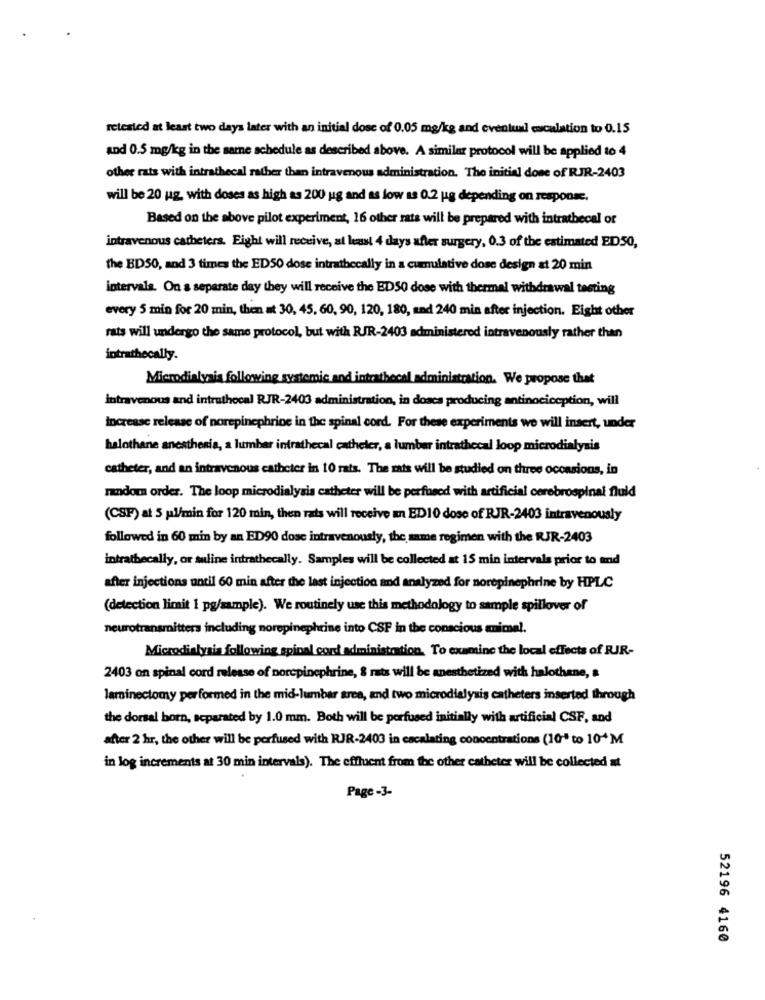
retested at least two days later with an initial dose of 0.05 mg/kg and eventual escalation to 0.15
and 0.5 mg/kg in the same schedule as described above. A similar protocol will be applied to 4
other rats with intrathecal rather than intravenous administration. The initial done of RJR-2403
will be 20 ug, with doses as high as 200 ug and as low as 0.2 ug depending on response.
Based on the above pilot experiment, 16 other rats will be prepared with intrathecal or
intravenous catheters. Eight will receive, at least 4 days after surgery, 0.3 of the estimated EDSO,
the BDSO, and 3 times the EDSO dose intrathecally in a cumulative dose design at 20 min
intervals. On a separate day they will receive the EDSO dose with thermal withdrawal testing
every 5 min for 20 min, then at 30, 45, 60, 90, 120, 180, and 240 min after injection. Eight other
rats will undergo the same protocol, but with RJR-2403 administered intravenously rather than
intrathecally.
Microdialysis following systemic and intrathecal administration. We propose that
intravenous and intrathocal RJR-2403 administration, in doses producing antinociception, will
Increase release of norepinephrine in the spinal cord. For these experiments we will insert, under
halothane anesthesia, a lumbar intrathecal catheler, a lumbar intrathecal loop microdialysis
catheter, and an intravenous catheter in 10 rats. The rats will be studied on three occasions, in
random order. The loop microdialysis catheter will be perfused with artificial cerebrospinal fluid
(CSF) at 5 pl/min for 120 min, then rats will receive an ED10 dose of RJR-2403 intravenously
followed in 60 min by an ED90 dose intravenously, the same regimen with the RJR-2403
intrathecally, or suline intrathecally. Samples will be collected at 15 min intervals prior to and
after injections until 60 min after the last injection and analyzed for norepinephrine by HPLC
(detection limit 1 pg/sample). We routinely use this methodology to sample spillover of
neurotransmitters including norepinephrine into CSF in the conscious animal.
Microdialysis following spinal cord administration. To examine the local effects of RJR-
2403 on spinal cord release of norepinephrine, & rats will be anesthetized with halothane, &
laminectomy performed in the mid-lumbar area, and two microdialysis catheters inserted through
the dorsal born, separated by 1.0 mm. Both will be perfused initially with artificial CSF, and
after 2 hr, the other will be perfused with RJR-2403 in escalating concentrations (10" to 104M
in log increments at 30 min intervals). The effluent from the other catheter will be collected at
Page -3-
52196 4160